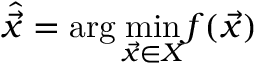
{ \hat { \vec { x } } = \mathrm { a r g } \, \underset { \vec { x } \in X } { \mathrm { m i n } } f ( \vec { x } ) }